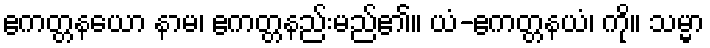
ဧကတ္တနယော နာမ၊ ဧကတ္တနည်းမည်၏။ ယံ-ဧကတ္တနယံ၊ ကို။ သမ္မာ